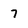
Character: 7